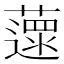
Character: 𦾽